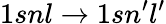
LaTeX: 1snl\to 1sn^{\prime}l^{\prime}